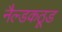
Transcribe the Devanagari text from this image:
नैल्डकठूड